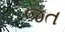
જત